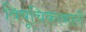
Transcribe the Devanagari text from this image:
विषूचिकाकारी